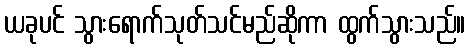
ယခုပင် သွားရောက်သုတ်သင်မည်ဆိုကာ ထွက်သွားသည်။